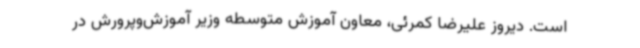
است. دیروز علیرضا کمرئی، معاون آموزش متوسطه وزیر آموزش‌وپرورش در